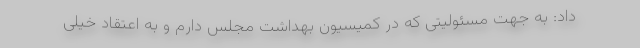
داد: به جهت مسئولیتی که در کمیسیون بهداشت مجلس دارم و به اعتقاد خیلی